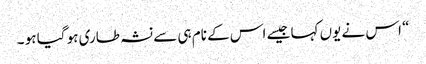
“ اس نے یوں کہا جیسے اس کے نام ہی سے نشہ طاری ہو گیا ہو ۔